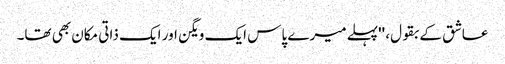
عاشق کے بقول، ''پہلے میرے پاس ایک ویگن اور ایک ذاتی مکان بھی تھا۔